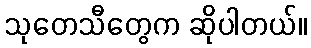
သုတေသီတွေက ဆိုပါတယ်။